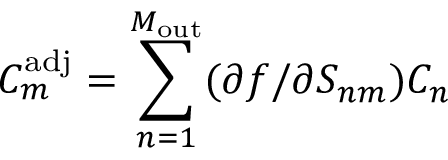
C _ { m } ^ { \mathrm { a d j } } = \sum _ { n = 1 } ^ { M _ { \mathrm { o u t } } } ( \partial f / \partial S _ { n m } ) C _ { n }